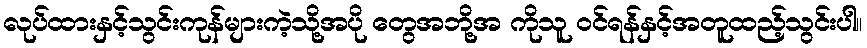
လုပ်ထားနှင့်သွင်းကုန်များကဲ့သို့အပို တွေအဘို့အ ကိုသူ ဝင်ရန်နှင့်အတူထည့်သွင်းပါ။